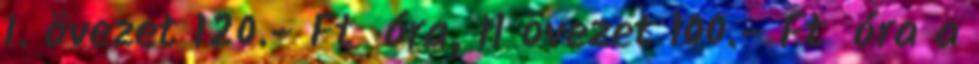
I. övezet 120.- Ft óra, II övezet 100.- Ft óra a